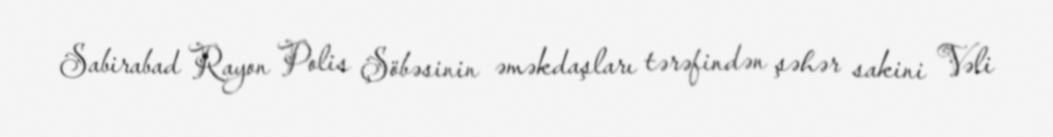
Sabirabad Rayon Polis Şöbəsinin əməkdaşları tərəfindən şəhər sakini Vəli